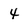
Character: 4